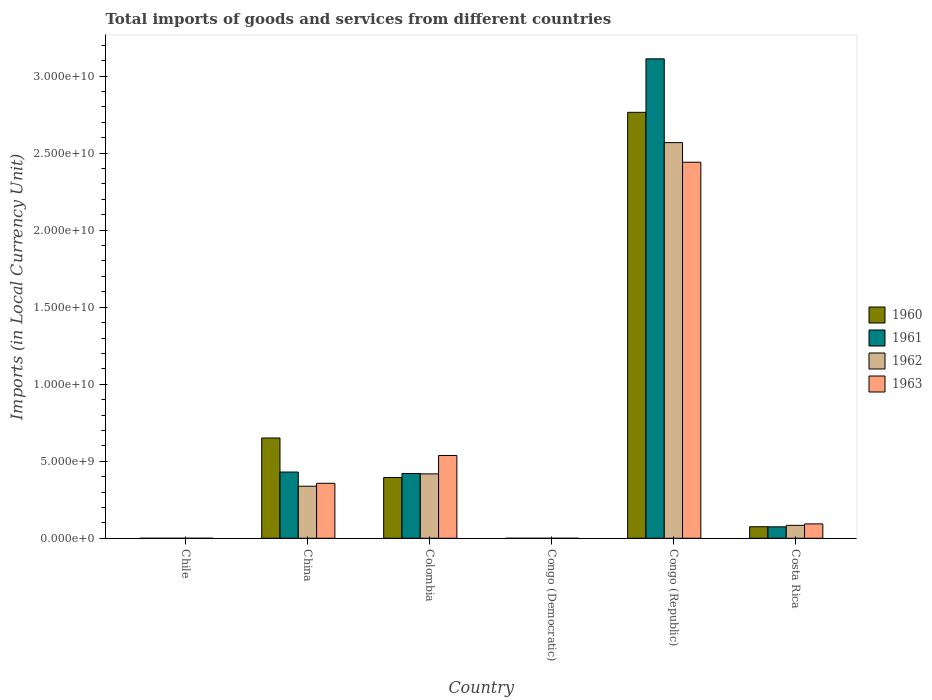
| Country | 1960 | 1961 | 1962 | 1963 |
 | --- | --- | --- | --- | --- |
 | Chile | 7e+05 | 8e+05 | 8e+05 | 1.3e+06 |
 | China | 6.51e+09 | 4.3e+09 | 3.38e+09 | 3.57e+09 |
 | Colombia | 3.95e+09 | 4.21e+09 | 4.18e+09 | 5.38e+09 |
 | Congo (Democratic) | 0.000111 | 5.07e-05 | 5.91e-05 | 0.000497 |
 | Congo (Republic) | 2.77e+10 | 3.11e+10 | 2.57e+10 | 2.44e+10 |
 | Costa Rica | 7.49e+08 | 7.44e+08 | 8.4e+08 | 9.34e+08 |